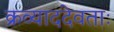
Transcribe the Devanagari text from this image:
क्रव्याददेवताः